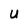
Character: U